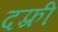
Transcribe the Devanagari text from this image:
दफ़्री